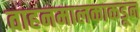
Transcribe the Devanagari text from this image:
वाहनमालकाकडून